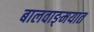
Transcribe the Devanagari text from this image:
बालवाङ्‌मयात